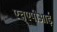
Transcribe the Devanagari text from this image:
एचएपीआई